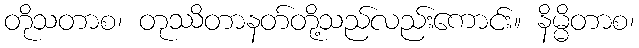
တိုသတာစ၊ တုဿိတာနတ်တို့သည်လည်းကောင်း။ နိမ္မိတာစ၊